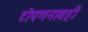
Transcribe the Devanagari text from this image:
टोपणनावही